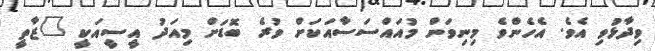
ވިދާޅުވި އެވެ. އެހެންވެ މިނިވަން މުއައްސަސާއަކަށް ވުރެ ބޮޑަށް މިއަދު އީސީއަކީ "ޒާތީ